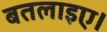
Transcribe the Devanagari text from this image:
बतलाइए।